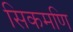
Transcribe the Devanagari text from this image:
सिकमणि